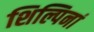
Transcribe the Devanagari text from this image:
शिल्पिनां